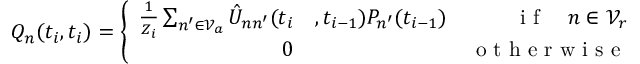
Q _ { n } ( t _ { i } , t _ { i } ) = \left\{ \begin{array} { r l r } { \frac { 1 } { Z _ { i } } \sum _ { n ^ { \prime } \in \mathcal { V } _ { a } } \hat { U } _ { n n ^ { \prime } } ( t _ { i } } & { { } , t _ { i - 1 } ) P _ { n ^ { \prime } } ( t _ { i - 1 } ) } & { \mathrm { ~ i ~ f ~ } \quad n \in \mathcal { V } _ { r } } \\ { 0 } & { { } } & { \mathrm { ~ o ~ t ~ h ~ e ~ r ~ w ~ i ~ s ~ e ~ } } \end{array} \right.